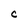
Character: C